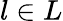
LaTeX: l\in L